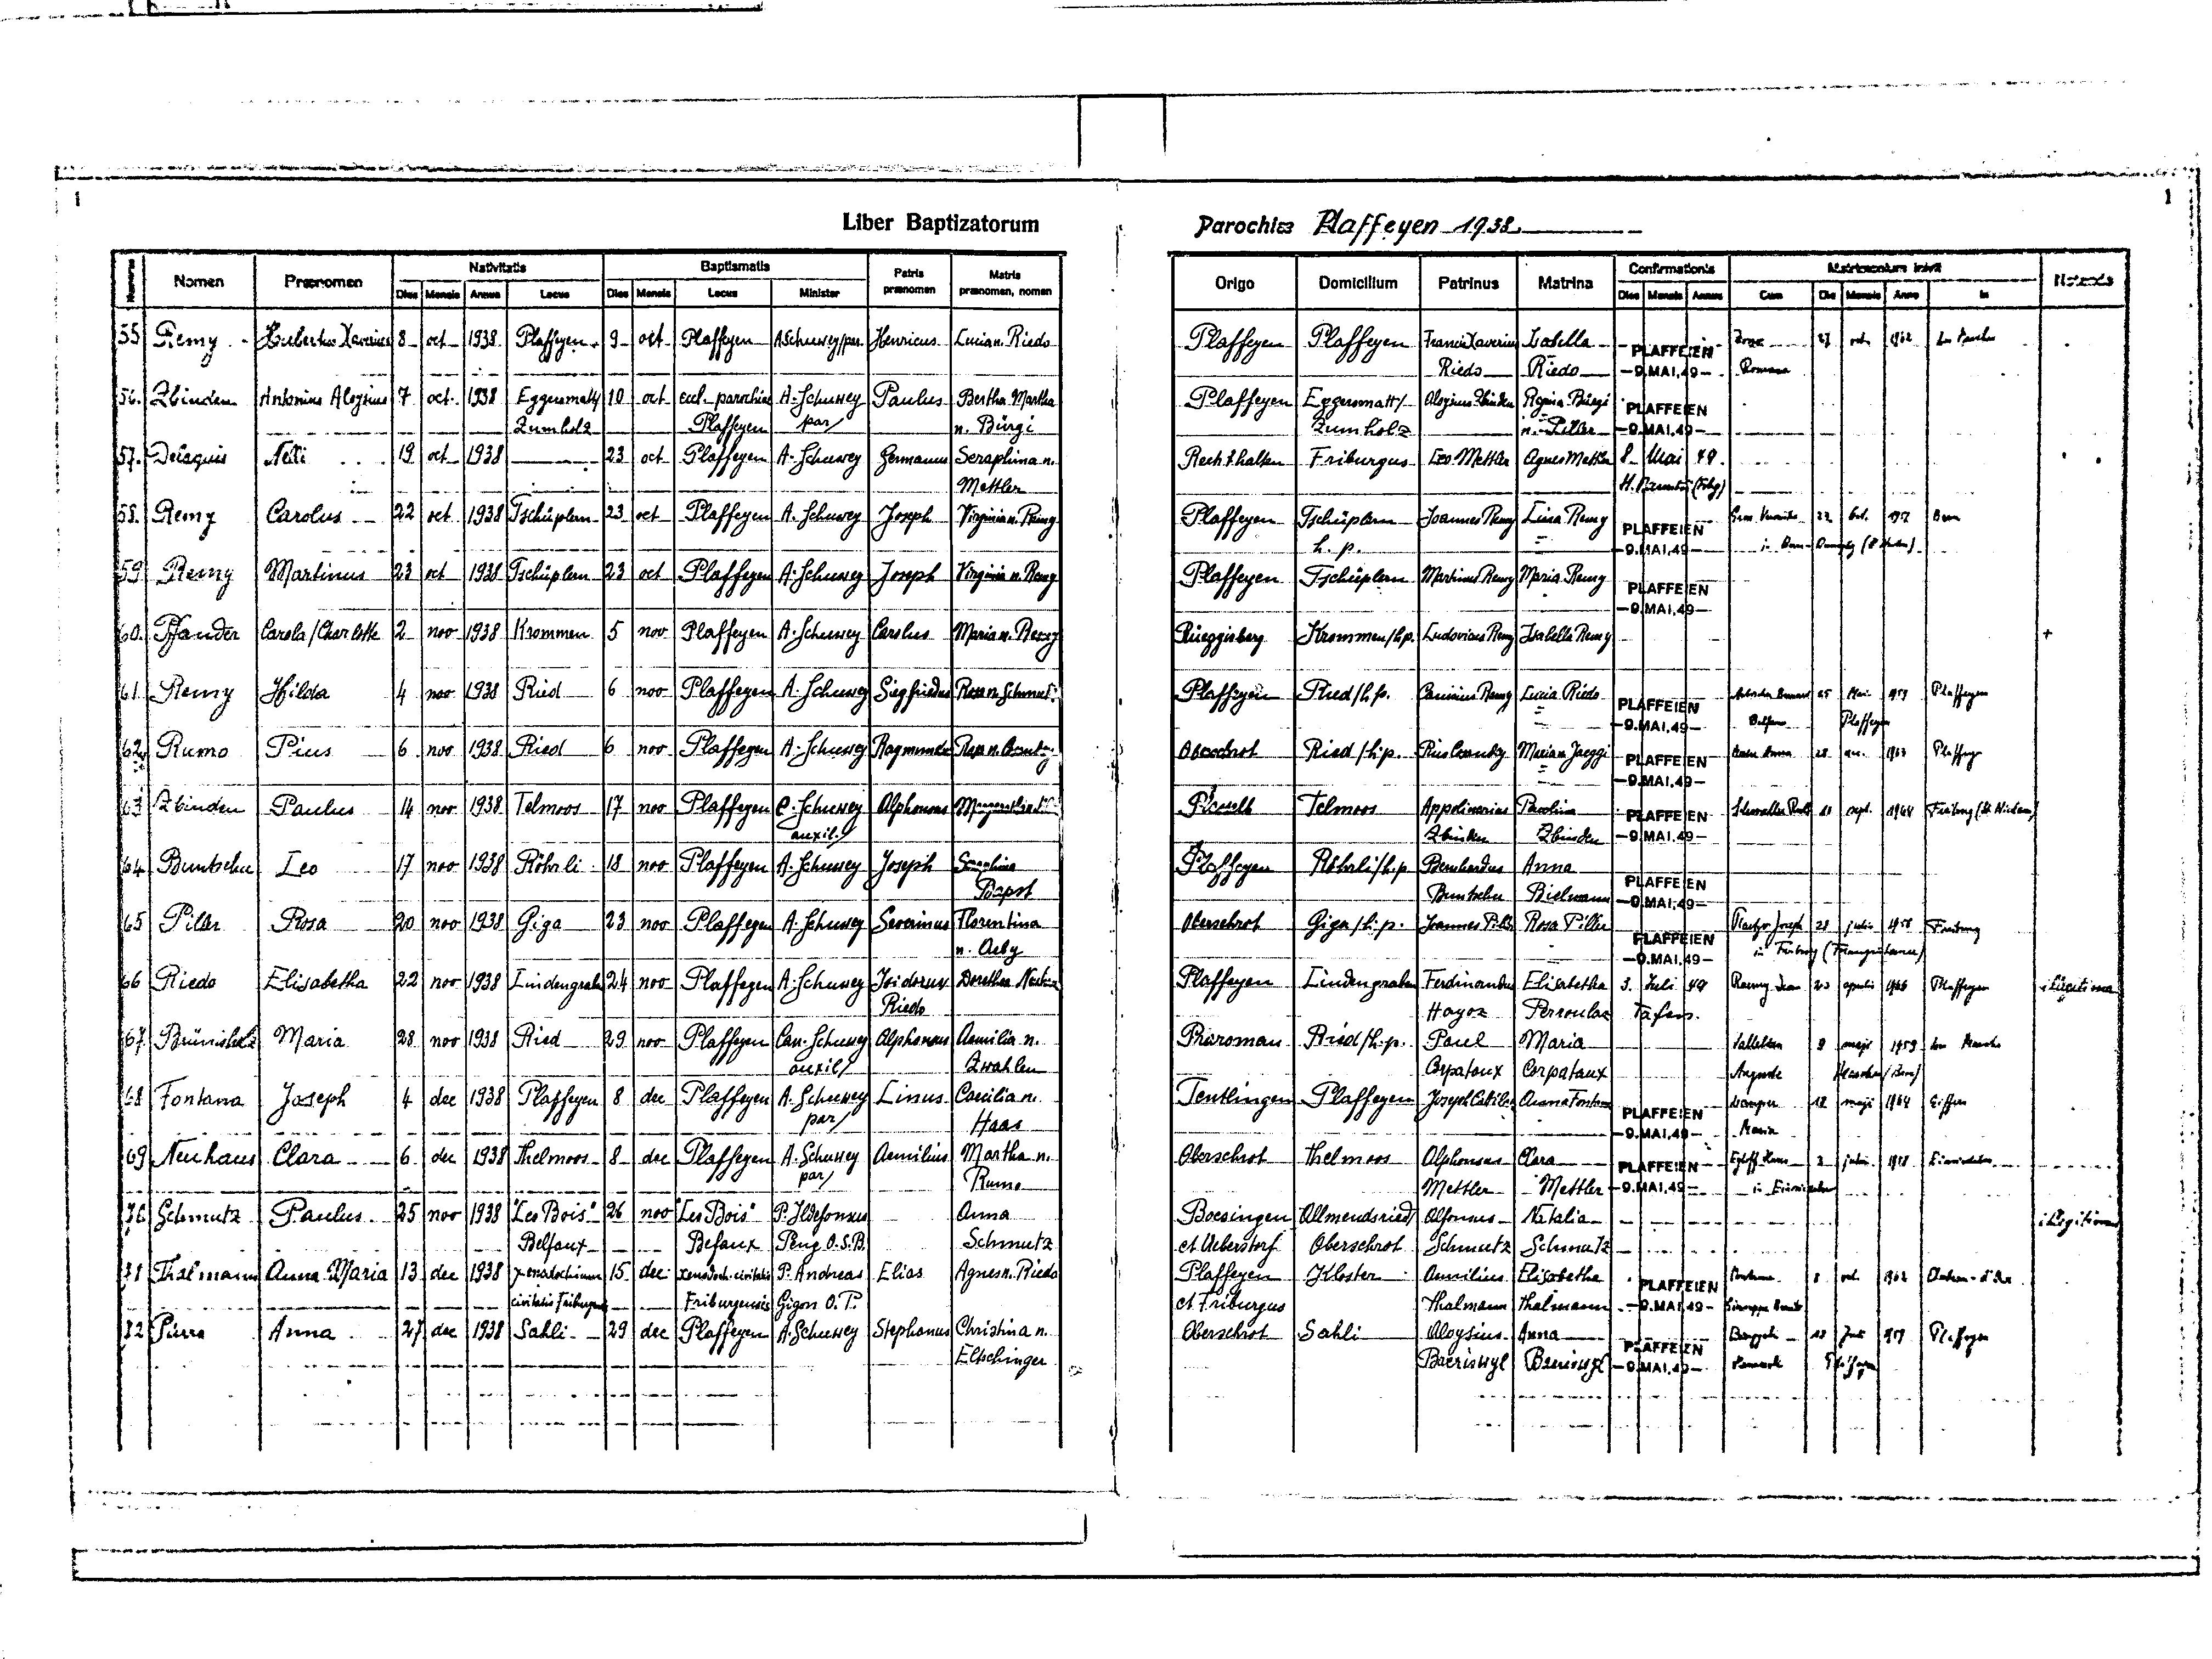
Liber Baptizatorum

Plaffeyen 1938
Parochiae